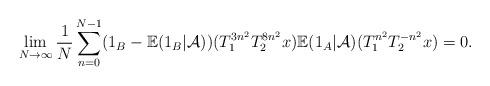
LaTeX: \begin{align*}\lim\limits_{N\rightarrow \infty}\frac{1}{N}\sum_{n=0}^{N-1}(1_{B}-\mathbb{E}(1_B|\mathcal{A}))(T_{1}^{3n^2} T_{2}^{8n^2}x)\mathbb{E}(1_A|\mathcal{A})(T_{1}^{n^2} T_{2}^{-n^2}x)=0.\end{align*}